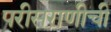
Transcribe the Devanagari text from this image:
परीसराणीची